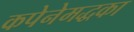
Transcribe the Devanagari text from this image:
कपेनेमद्धका